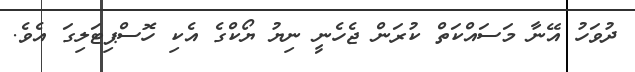
ދުވަހު އޭނާ މަސައްކަތް ކުރަން ޖެހެނީ ނިޔު ޔޯކްގެ އެކި ހޮސްޕިޓަލިގަ އެވެ.